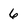
Character: 6